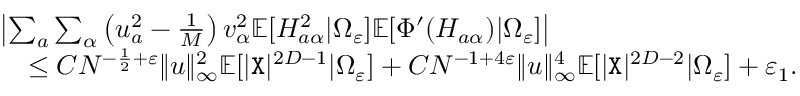
\begin{array} { r l } & { \left| \sum _ { a } \sum _ { \alpha } \left( u _ { a } ^ { 2 } - \frac 1 { M } \right) v _ { \alpha } ^ { 2 } \mathbb { E } [ H _ { a \alpha } ^ { 2 } | \Omega _ { \varepsilon } ] \mathbb { E } [ \Phi ^ { \prime } ( H _ { a \alpha } ) | \Omega _ { \varepsilon } ] \right| } \\ & { ~ ~ ~ \leq C N ^ { - \frac { 1 } { 2 } + \varepsilon } \| { \boldsymbol u } \| _ { \infty } ^ { 2 } \mathbb { E } [ | { \texttt X } | ^ { 2 D - 1 } | \Omega _ { \varepsilon } ] + C N ^ { - 1 + 4 \varepsilon } \| { \boldsymbol u } \| _ { \infty } ^ { 4 } \mathbb { E } [ | { \texttt X } | ^ { 2 D - 2 } | \Omega _ { \varepsilon } ] + \varepsilon _ { 1 } . } \end{array}